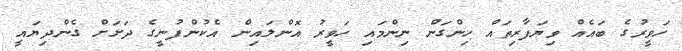
ހަވީރުގެ ބައެއް ވިޔަފާރިތައް ހިންގަން ނިންމައި ހަވީރު އޮންލައިން އެކުންފުނީގެ ދަށަށް ގެންދިޔައީ